Leprosy in India: report of the Leprosy Commission in India, 1890-91
Year: 1890
Disease focus: Leprosy
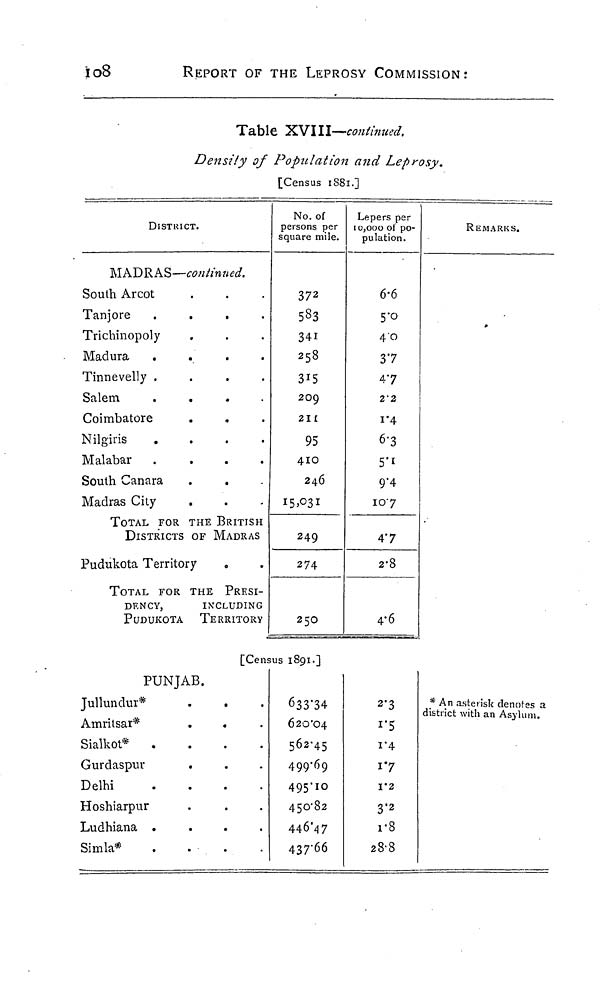
108
REPORT OF THE LEPROSY COMMISSION:
Table XVIII—continued.
Density of Population and Leprosy.
[Census 1881.]
DISTRICT.
MADRAS—continued.
South Arcot
Tanjore .
.
.
.
Trichinopoly
Madura .
.
.
.
Tinnevelly .
.
.
.
Salem
.
.
.
.
Coimbatore
Nilgiris .
.
.
.
Malabar .
.
.
.
South Canara
Madras City
TOTAL FOR THE BRITISH
DISTRICTS OF MADRAS
Pudukota Territory
TOTAL FOR THE PRESI-
DENCY,
INCLUDING
PUDUKOTA
TERRITORY
No. of
persons per
square mile.
372
583
341
258
315
209
211
95
410
246
249
274
250
[Census 1891.]
PUNJAB.
Jullundur*
.
.
Amritsar*
Sialkot* .
.
.
.
Gurdaspur
.
Delhi
.
.
.
.
Hoshiarpur
Ludhiana
.
.
.
.
Simla*
.
.
.
.
633·34
620·04
562·45
499·69
495·10
450·82
446·47
437·66
Lepers per
10,000 of po-
pulation.
6·6
5·0
4·0
37
47
22
1·4
6·3
5·1
9·4
10·7
47
2·8
4·6
REMARKS.
2·3
1·5
1·4
1·7
1·2
3·2
1·8
28·8
* An asterisk denotes a
district with an Asylum.